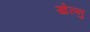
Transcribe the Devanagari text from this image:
खेल्नु